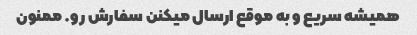
همیشه سریع و به موقع ارسال میکنن سفارش رو. ممنون